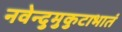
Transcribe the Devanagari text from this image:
नवेन्दुमुकुटाभातं